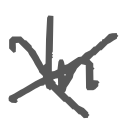
Text: In
Cross-out: cross
Writing tool: digital_gray